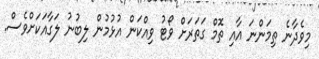
މިވެދާނެ ތިމަންނަ އާއި ތޮމް ގަތަރަށް ވޯޓު ވިއްކަން އުޅުމުން ލިބުނު ލަގާއަކަށްވެސް.